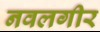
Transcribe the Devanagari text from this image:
नवलगीर